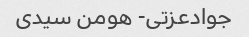
جوادعزتی- هومن سیدی